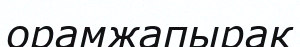
орамжапырак